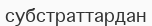
субстраттардан